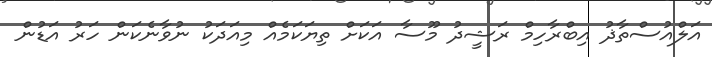
އަލްއުސްތާޛު އިބްރާހިމް ރަޝީދު މޫސާ އަކަށް ތިޔަކަމެއް މިއަދަކު ނުވާނެކަން ހަރު އަޑުން